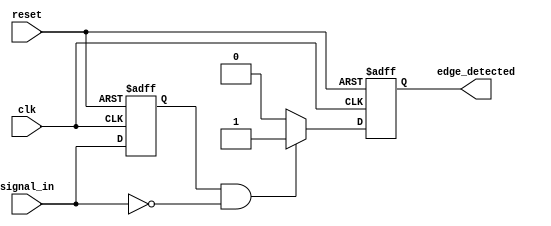
module negative_edge_detector (
    input wire clk,              // Clock signal
    input wire reset,            // Reset signal
    input wire signal_in,        // Input signal to detect negative edge
    output reg edge_detected     // Output signal indicating negative edge detection
);

    reg signal_in_prev;          // Register to store previous state of signal_in

    // Synchronous process to detect negative edge
    always @(posedge clk or posedge reset) begin
        if (reset) begin
            signal_in_prev <= 1'b0;   // Initialize previous state to 0 on reset
            edge_detected <= 1'b0;    // Initialize edge_detected to 0 on reset
        end else begin
            // Detect negative edge
            if (signal_in_prev == 1'b1 && signal_in == 1'b0) begin
                edge_detected <= 1'b1;  // Set edge_detected high on negative edge
            end else begin
                edge_detected <= 1'b0;   // Reset edge_detected to 0 otherwise
            end
            // Update previous state
            signal_in_prev <= signal_in; // Store current state for next comparison
        end
    end

endmodule